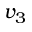
v _ { 3 }